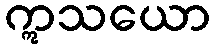
ဣသယော